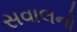
સવાલનો